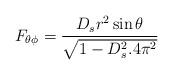
LaTeX: \begin{align*}F_{\theta\phi} = \frac{D_sr^2\sin\theta}{\sqrt{1-D^2_s.4\pi^2}}\end{align*}